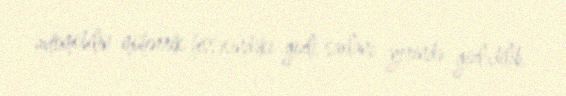
avtomobilin mühərrik hissəsindəki gizli saxlanc yerində gizlədilib.